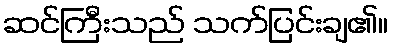
ဆင်ကြီးသည် သက်ပြင်းချ၏။